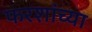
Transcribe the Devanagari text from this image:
फरशांच्या